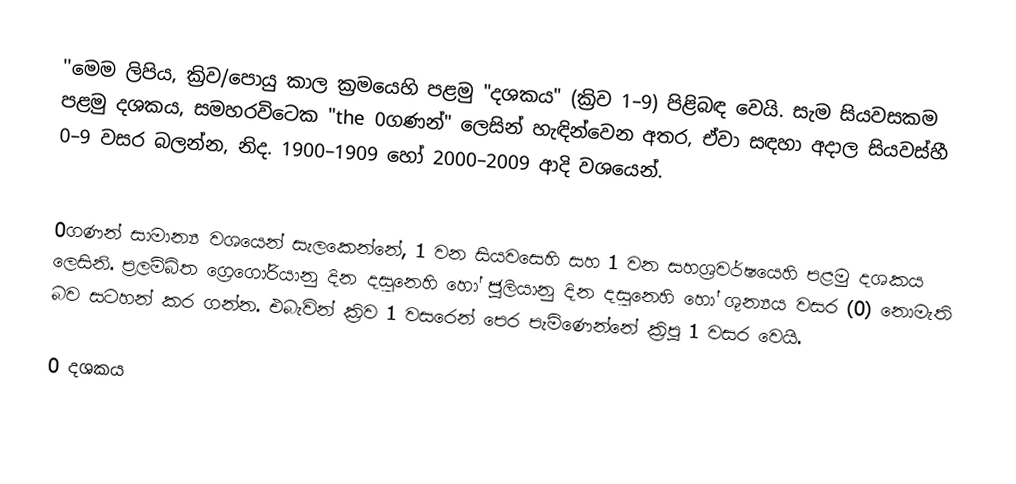
''මෙම ලිපිය, ක්‍රිව/පොයු  කාල ක්‍රමයෙහි පළමු  "දශකය" (ක්‍රිව 1–9) පිළිබඳ වෙයි. සැම සියවසකම පළමු දශකය, සමහරවිටෙක  "the 0ගණන්" ලෙසින් හැඳින්වෙන අතර, ඒවා සඳහා අදාල සියවස්හී 0–9 වසර බලන්න, නිද. 1900–1909 හෝ 2000–2009 ආදි වශයෙන්.

0ගණන් සාමාන්‍ය වශයෙන් සැලකෙන්නේ,    1 වන සියවසෙහි සහ  1 වන සහශ්‍රවර්ෂයෙහි  පළමු දශකය ලෙසිනි.  ප්‍රලම්බිත ග්‍රෙගෝරියානු දින දසුනෙහි හෝ ජූලියානු දින දසුනෙහි හෝ ශුන්‍යය වසර (0) නොමැති බව සටහන් කර ගන්න. එබැවින් ක්‍රිව  1 වසරෙන් පෙර පැමිණෙන්නේ  ක්‍රිපූ 1 වසර වෙයි.

0 දශකය